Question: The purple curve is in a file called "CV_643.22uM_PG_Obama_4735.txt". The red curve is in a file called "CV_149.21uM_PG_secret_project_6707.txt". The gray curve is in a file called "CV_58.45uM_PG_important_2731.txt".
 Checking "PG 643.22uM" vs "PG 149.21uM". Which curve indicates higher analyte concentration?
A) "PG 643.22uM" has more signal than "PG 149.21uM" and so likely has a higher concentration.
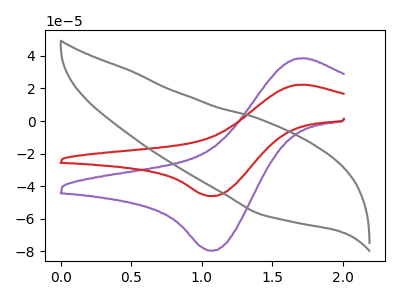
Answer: <think>The purple curve "PG 643.22uM" has an anodic peak at (1.70V, 38.60uA) and a cathodic peak at (1.10V, -79.60uA). The red curve "PG 149.21uM" has an anodic peak at (1.70V, 22.35uA) and a cathodic peak at (1.10V, -46.10uA). The gray curve "PG 58.45uM" has no peaks.
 All the peaks in "PG 643.22uM" have a peak in "PG 149.21uM" at the same potential. Every peak in "PG 643.22uM" is higher than every peak in "PG 149.21uM".</think>
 <answer>A) "PG 643.22uM" has more signal than "PG 149.21uM" and so likely has a higher concentration.</answer>
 <eval>A</eval>